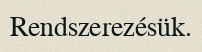
Rendszerezésük.